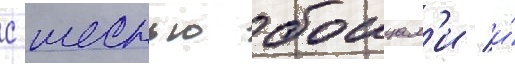
с шестью боицам'и и́